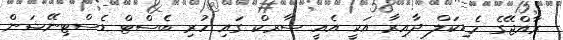
ރާއްޖޭގެ މެޑިކަލް ދާއިރާ އަކީ އެއީ ސާރކް ގައި ހުރި ބެސްޓް ޑެސްޓިނޭޝަން